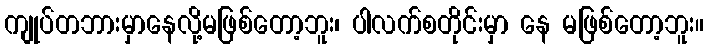
ကျုပ်တဘားမှာနေလို့မဖြစ်တော့ဘူး၊ ပါလက်စတိုင်းမှာ နေ မဖြစ်တော့ဘူး။